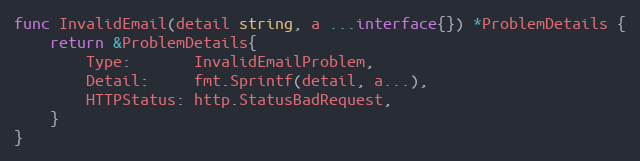
Language: Go
func InvalidEmail(detail string, a ...interface{}) *ProblemDetails {
	return &ProblemDetails{
		Type:       InvalidEmailProblem,
		Detail:     fmt.Sprintf(detail, a...),
		HTTPStatus: http.StatusBadRequest,
	}
}